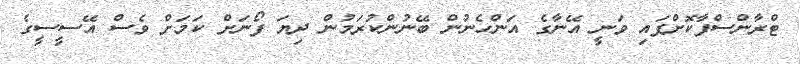
ޓްރާންސްފާކޮށްފައި ވަނީ އޭނާގެ އަންހެނުން ބޭނުންކުރަމުން ދިޔަ ފޯނަށް ކަމަށް ވެސް އޭސީސީގެ